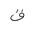
Letter: _qaf